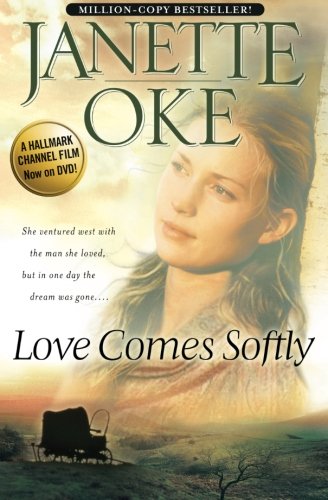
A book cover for Love Comes Softly (Love Comes Softly Series, Book 1) (Volume 1); Janette Oke; Romance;